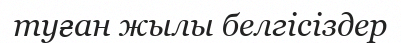
туған жылы белгісіздер